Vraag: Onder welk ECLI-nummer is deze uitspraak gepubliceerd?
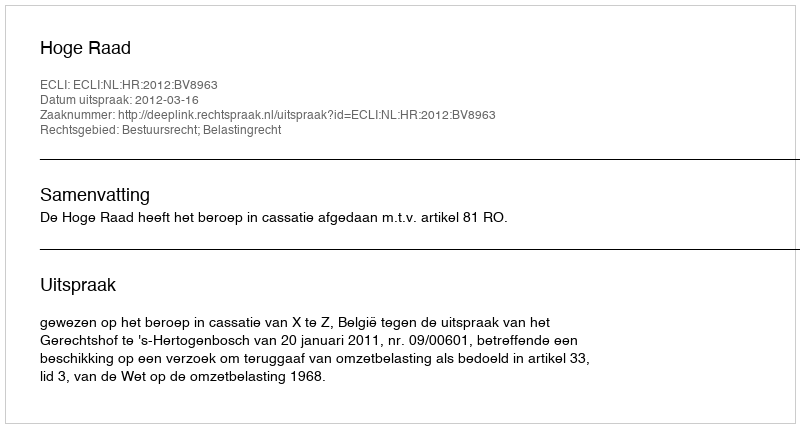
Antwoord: ECLI:NL:HR:2012:BV8963